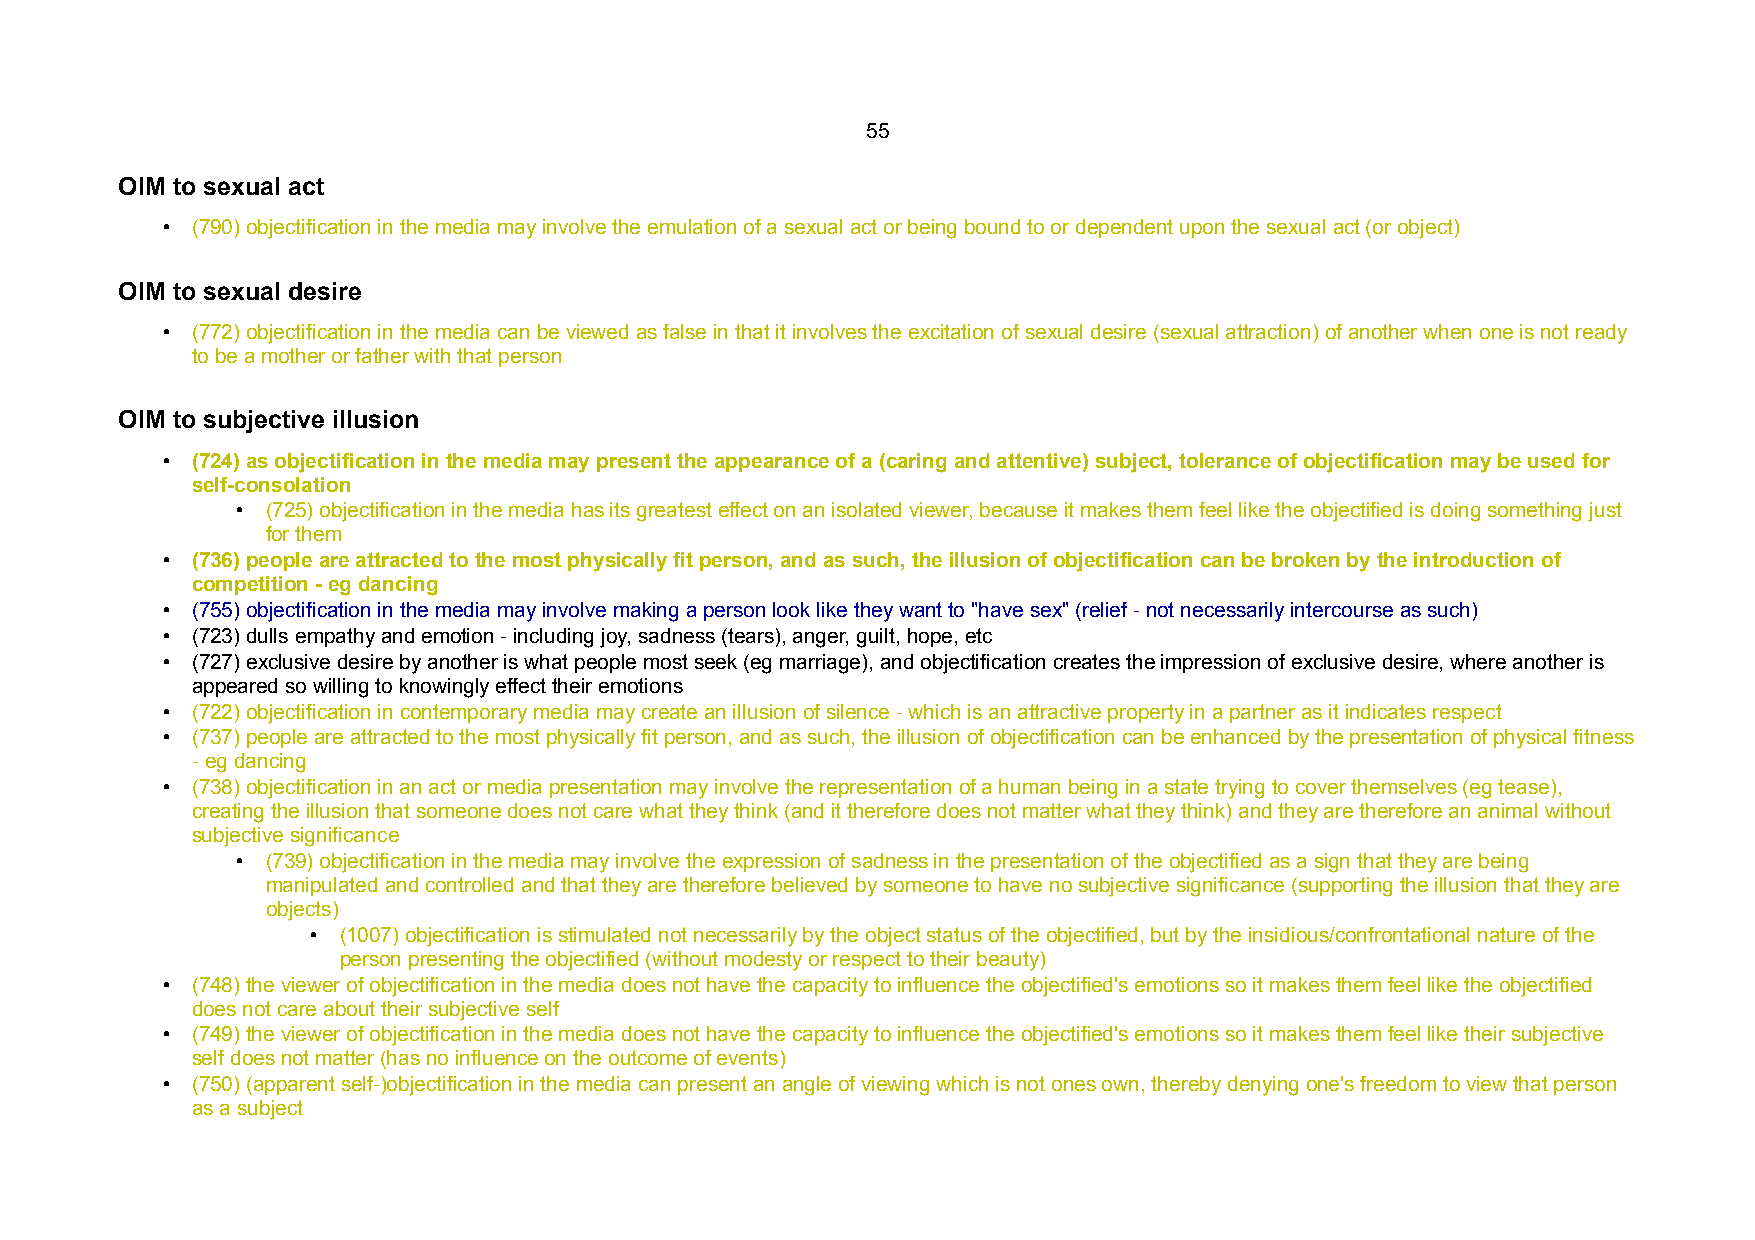
55
 OIM to sexual act
 • (790) objectification in the media may involve the emulation of a sexual act or being bound to or dependent upon the sexual act (or object)
 OIM to sexual desire
 • (772) objectification in the media can be viewed as false in that it involves the excitation of sexual desire (sexual attraction) of another when one is not ready
 to be a mother or father with that person
 OIM to subjective illusion
 • (724) as objectification in the media may present the appearance of a (caring and attentive) subject, tolerance of objectification may be used for
 self-consolation
 • (725) objectification in the media has its greatest effect on an isolated viewer, because it makes them feel like the objectified is doing something just
 for them
 • (736) people are attracted to the most physically fit person, and as such, the illusion of objectification can be broken by the introduction of
 competition - eg dancing
 • (755) objectification in the media may involve making a person look like they want to "have sex" (relief - not necessarily intercourse as such)
 • (723) dulls empathy and emotion - including joy, sadness (tears), anger, guilt, hope, etc
 • (727) exclusive desire by another is what people most seek (eg marriage), and objectification creates the impression of exclusive desire, where another is
 appeared so willing to knowingly effect their emotions
 • (722) objectification in contemporary media may create an illusion of silence - which is an attractive property in a partner as it indicates respect
 • (737) people are attracted to the most physically fit person, and as such, the illusion of objectification can be enhanced by the presentation of physical fitness
 - eg dancing
 • (738) objectification in an act or media presentation may involve the representation of a human being in a state trying to cover themselves (eg tease),
 creating the illusion that someone does not care what they think (and it therefore does not matter what they think) and they are therefore an animal without
 subjective significance
 • (739) objectification in the media may involve the expression of sadness in the presentation of the objectified as a sign that they are being
 manipulated and controlled and that they are therefore believed by someone to have no subjective significance (supporting the illusion that they are
 objects)
 • (1007) objectification is stimulated not necessarily by the object status of the objectified, but by the insidious/confrontational nature of the
 person presenting the objectified (without modesty or respect to their beauty)
 • (748) the viewer of objectification in the media does not have the capacity to influence the objectified's emotions so it makes them feel like the objectified
 does not care about their subjective self
 • (749) the viewer of objectification in the media does not have the capacity to influence the objectified's emotions so it makes them feel like their subjective
 self does not matter (has no influence on the outcome of events)
 • (750) (apparent self-)objectification in the media can present an angle of viewing which is not ones own, thereby denying one's freedom to view that person
 as a subject